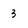
Character: 3